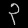
Digit: ၃